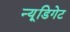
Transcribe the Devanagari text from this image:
न्यू्डिगेट